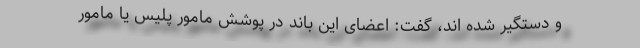
و دستگیر شده اند، گفت: اعضای این باند در پوشش مامور پلیس یا مامور